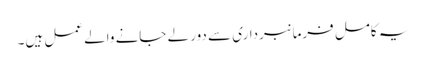
یہ کامل فرمانبرداری سے دور لے جانے والے عمل ہیں۔